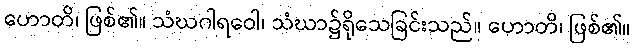
ဟောတိ၊ ဖြစ်၏။ သံဃဂါရဝေါ၊ သံဃာ၌ရိုသေခြင်းသည်။ ဟောတိ၊ ဖြစ်၏။